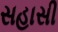
સહાસી